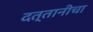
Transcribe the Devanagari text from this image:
दत्तानीचा